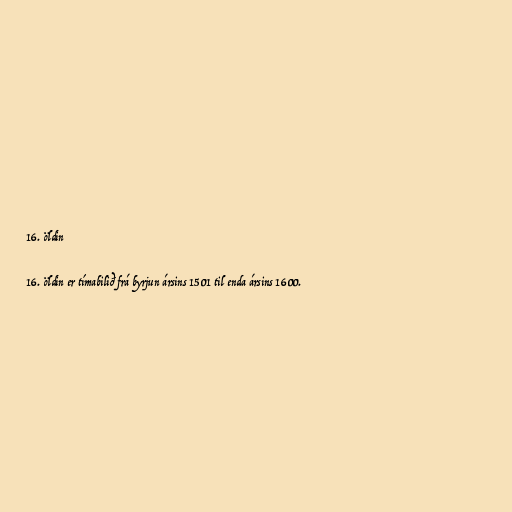
16. öldin

16. öldin er tímabilið frá byrjun ársins 1501 til enda ársins 1600.